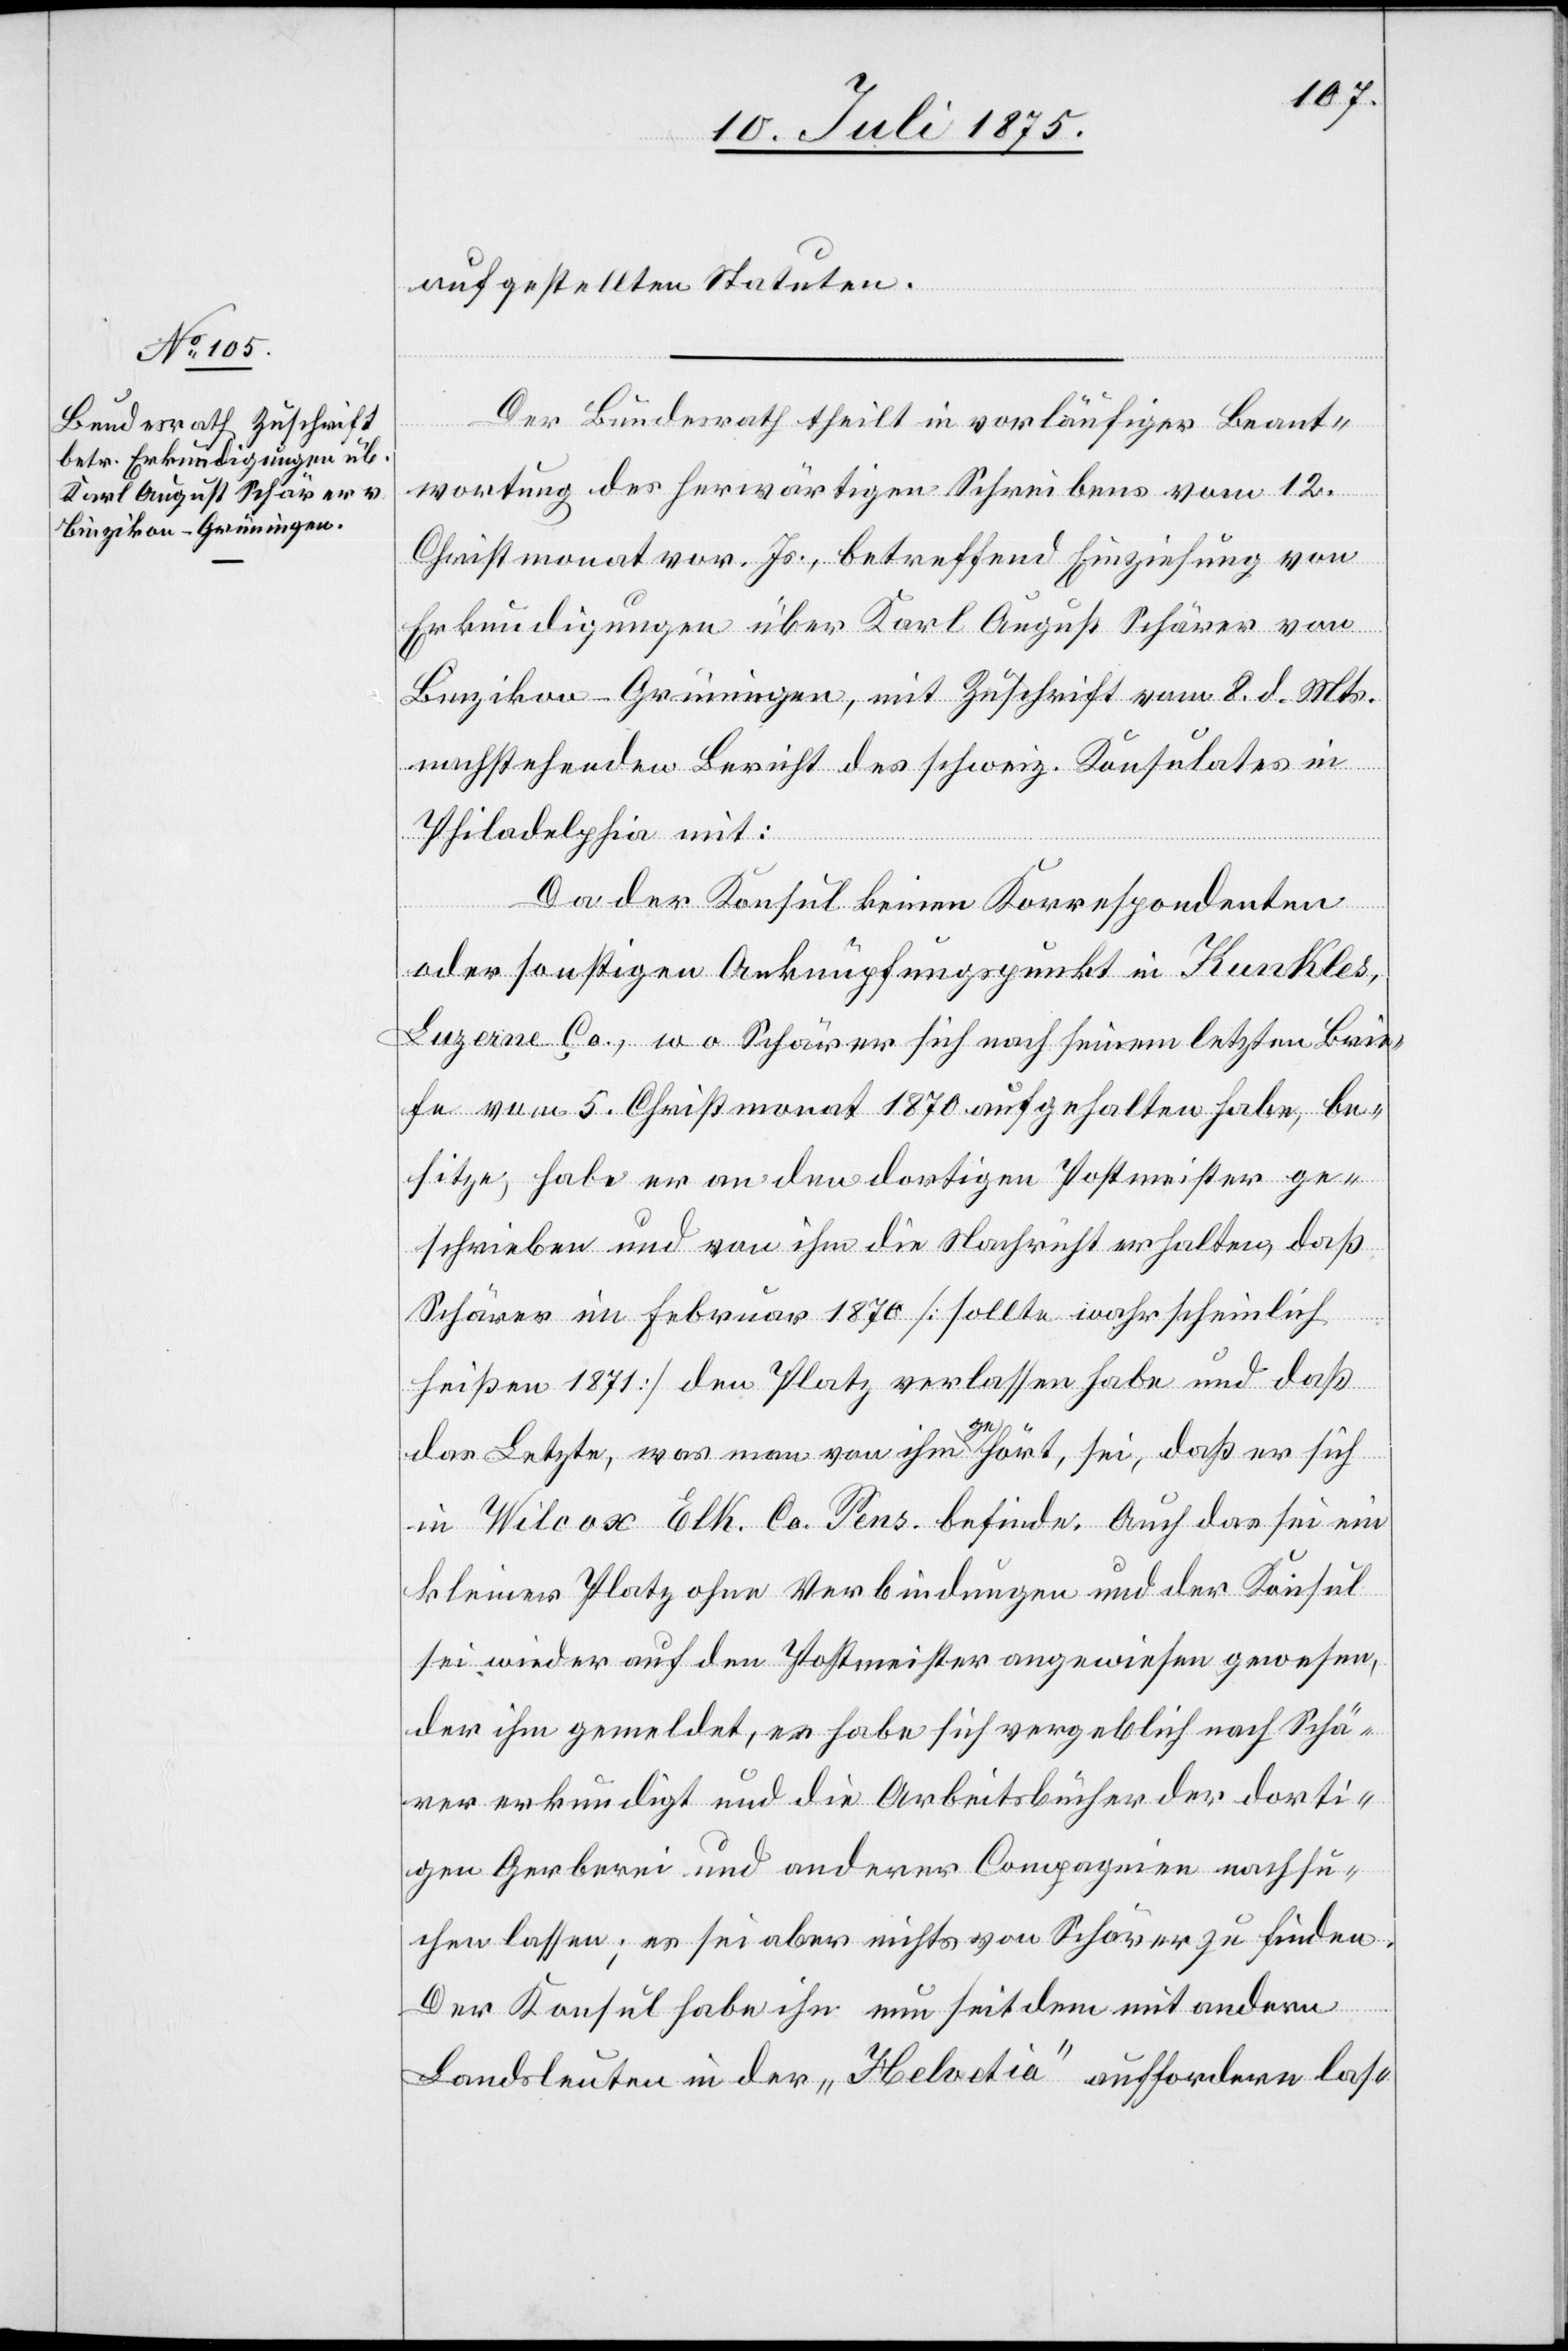
aufgestellten Statuten.